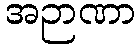
အဉာဏာ